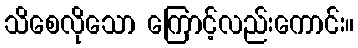
သိစေလိုသော ကြောင့်လည်းကောင်း။